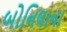
બોનિલાના